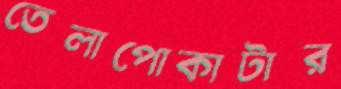
তেলাপোকাটার